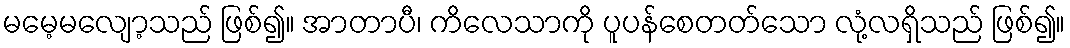
မမေ့မလျော့သည် ဖြစ်၍။ အာတာပီ၊ ကိလေသာကို ပူပန်စေတတ်သော လုံ့လရှိသည် ဖြစ်၍။